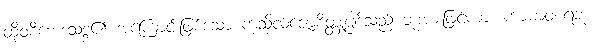
ထိုဝစီဘေဒသဒ္ဒ၏ အကြောင်းဖြစ်သော ကုသိုလ်ဇောစိတ္တုပ္ပါဒ်သည် ဘုံအားဖြင့်ကား ကာမာဝစရဘုံ